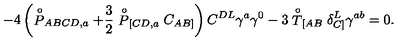
- 4 \left( \stackrel { \circ } { P } _ { A B C D , a } + \frac { 3 } { 2 } \stackrel { \circ } { P } _ { [ C D , a } C _ { A B ] } \right) C ^ { D L } \gamma ^ { a } \gamma ^ { 0 } - 3 \stackrel { \circ } { T } _ { [ A B } \delta _ { C ] } ^ { L } \gamma ^ { a b } = 0 .